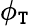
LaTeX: \phi_{\mathtt{T}}